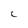
Character: C